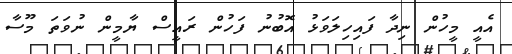
އެއީ މީހުން ނިދާ ފައިހިލަވަޅު އޮބުނު ފަހުން ރައީސް ޔާމީން ނުވަތަ މޫސާ